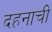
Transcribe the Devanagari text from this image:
दहनाची